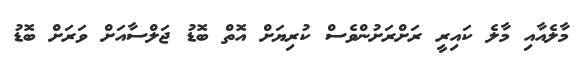
މާލެއާއި މާލެ ކައިރީ ރަށްރަށުންވެސް ކުރިޔަށް އޮތް ބޮޑު ޖަލްސާއަށް ވަރަށް ބޮޑު